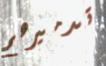
تدميرهم